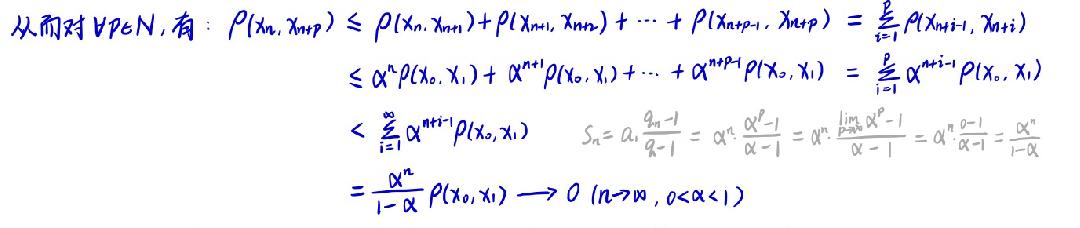
从而对 $\forall p\in N$，有：
\[
\begin{align*}
\rho(x_n,x_{n + p})&\leq\rho(x_n,x_{n+1})+\rho(x_{n + 1},x_{n+2})+\cdots+\rho(x_{n + p-1},x_{n + p})=\sum_{i = 1}^{p}\rho(x_{n+i-1},x_{n+i})\\
&\leq\alpha^n\rho(x_0,x_1)+\alpha^{n + 1}\rho(x_0,x_1)+\cdots+\alpha^{n + p-1}\rho(x_0,x_1)=\sum_{i = 1}^{p}\alpha^{n+i-1}\rho(x_0,x_1)\\
&<\sum_{i = 1}^{\infty}\alpha^{n+i-1}\rho(x_0,x_1)\quad S_n=a_1\frac{q^n - 1}{q - 1}=\alpha^n\frac{\alpha^p - 1}{\alpha - 1}=\alpha^n\frac{\lim_{p\rightarrow\infty}\alpha^p - 1}{\alpha - 1}=\alpha^n\frac{0 - 1}{\alpha - 1}=\frac{\alpha^n}{1-\alpha}\\
&=\frac{\alpha^n}{1-\alpha}\rho(x_0,x_1)\longrightarrow0\ (n\rightarrow\infty,0<\alpha<1)
\end{align*}
\]